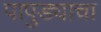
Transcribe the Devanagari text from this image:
पापुड्याचा